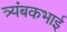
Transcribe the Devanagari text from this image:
त्र्यंबकभाई